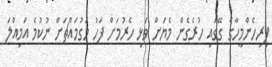
ފިރިހެންމީހާގެ ގޭގައި ހުރެގެން މެޔަށް ވަޅި ހެރުމަށް ފަހު މަގުމައްޗަށް ނުކުމެ އަމިއްލަ